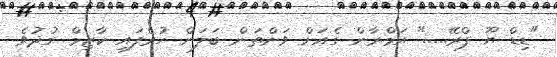
"ޑިޑް ޔޫ ޕްރޭ....." އަމްރާން ގެއަށް ވަންތަން ބަލަން ހުރެފައި ކާޒިމް ގުދުވެ